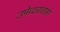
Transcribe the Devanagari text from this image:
उमेव्दवारास